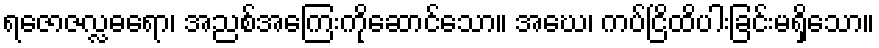
ရဇောဇလ္လဓရော၊ အညစ်အကြေးကိုဆောင်သော။ အဃေ၊ ကပ်ငြိထိပါးခြင်းမရှိသော။